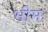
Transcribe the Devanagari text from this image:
भीमः